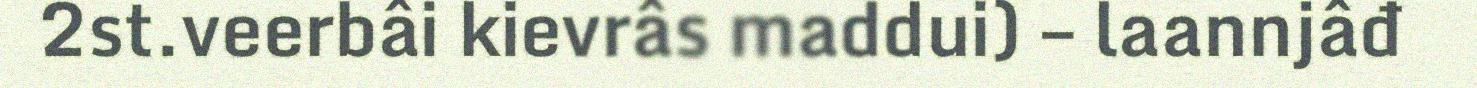
2st.veerbâi kievrâs maddui) – laannjâđ